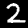
Digit: 2